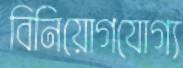
বিনিয়োগযোগ্য